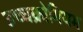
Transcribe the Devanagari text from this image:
उच्चक्रोमियम